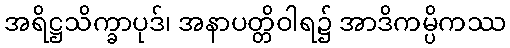
အရိဋ္ဌသိက္ခာပုဒ်၊ အနာပတ္တိဝါရ၌ အာဒိကမ္ပိကဿ